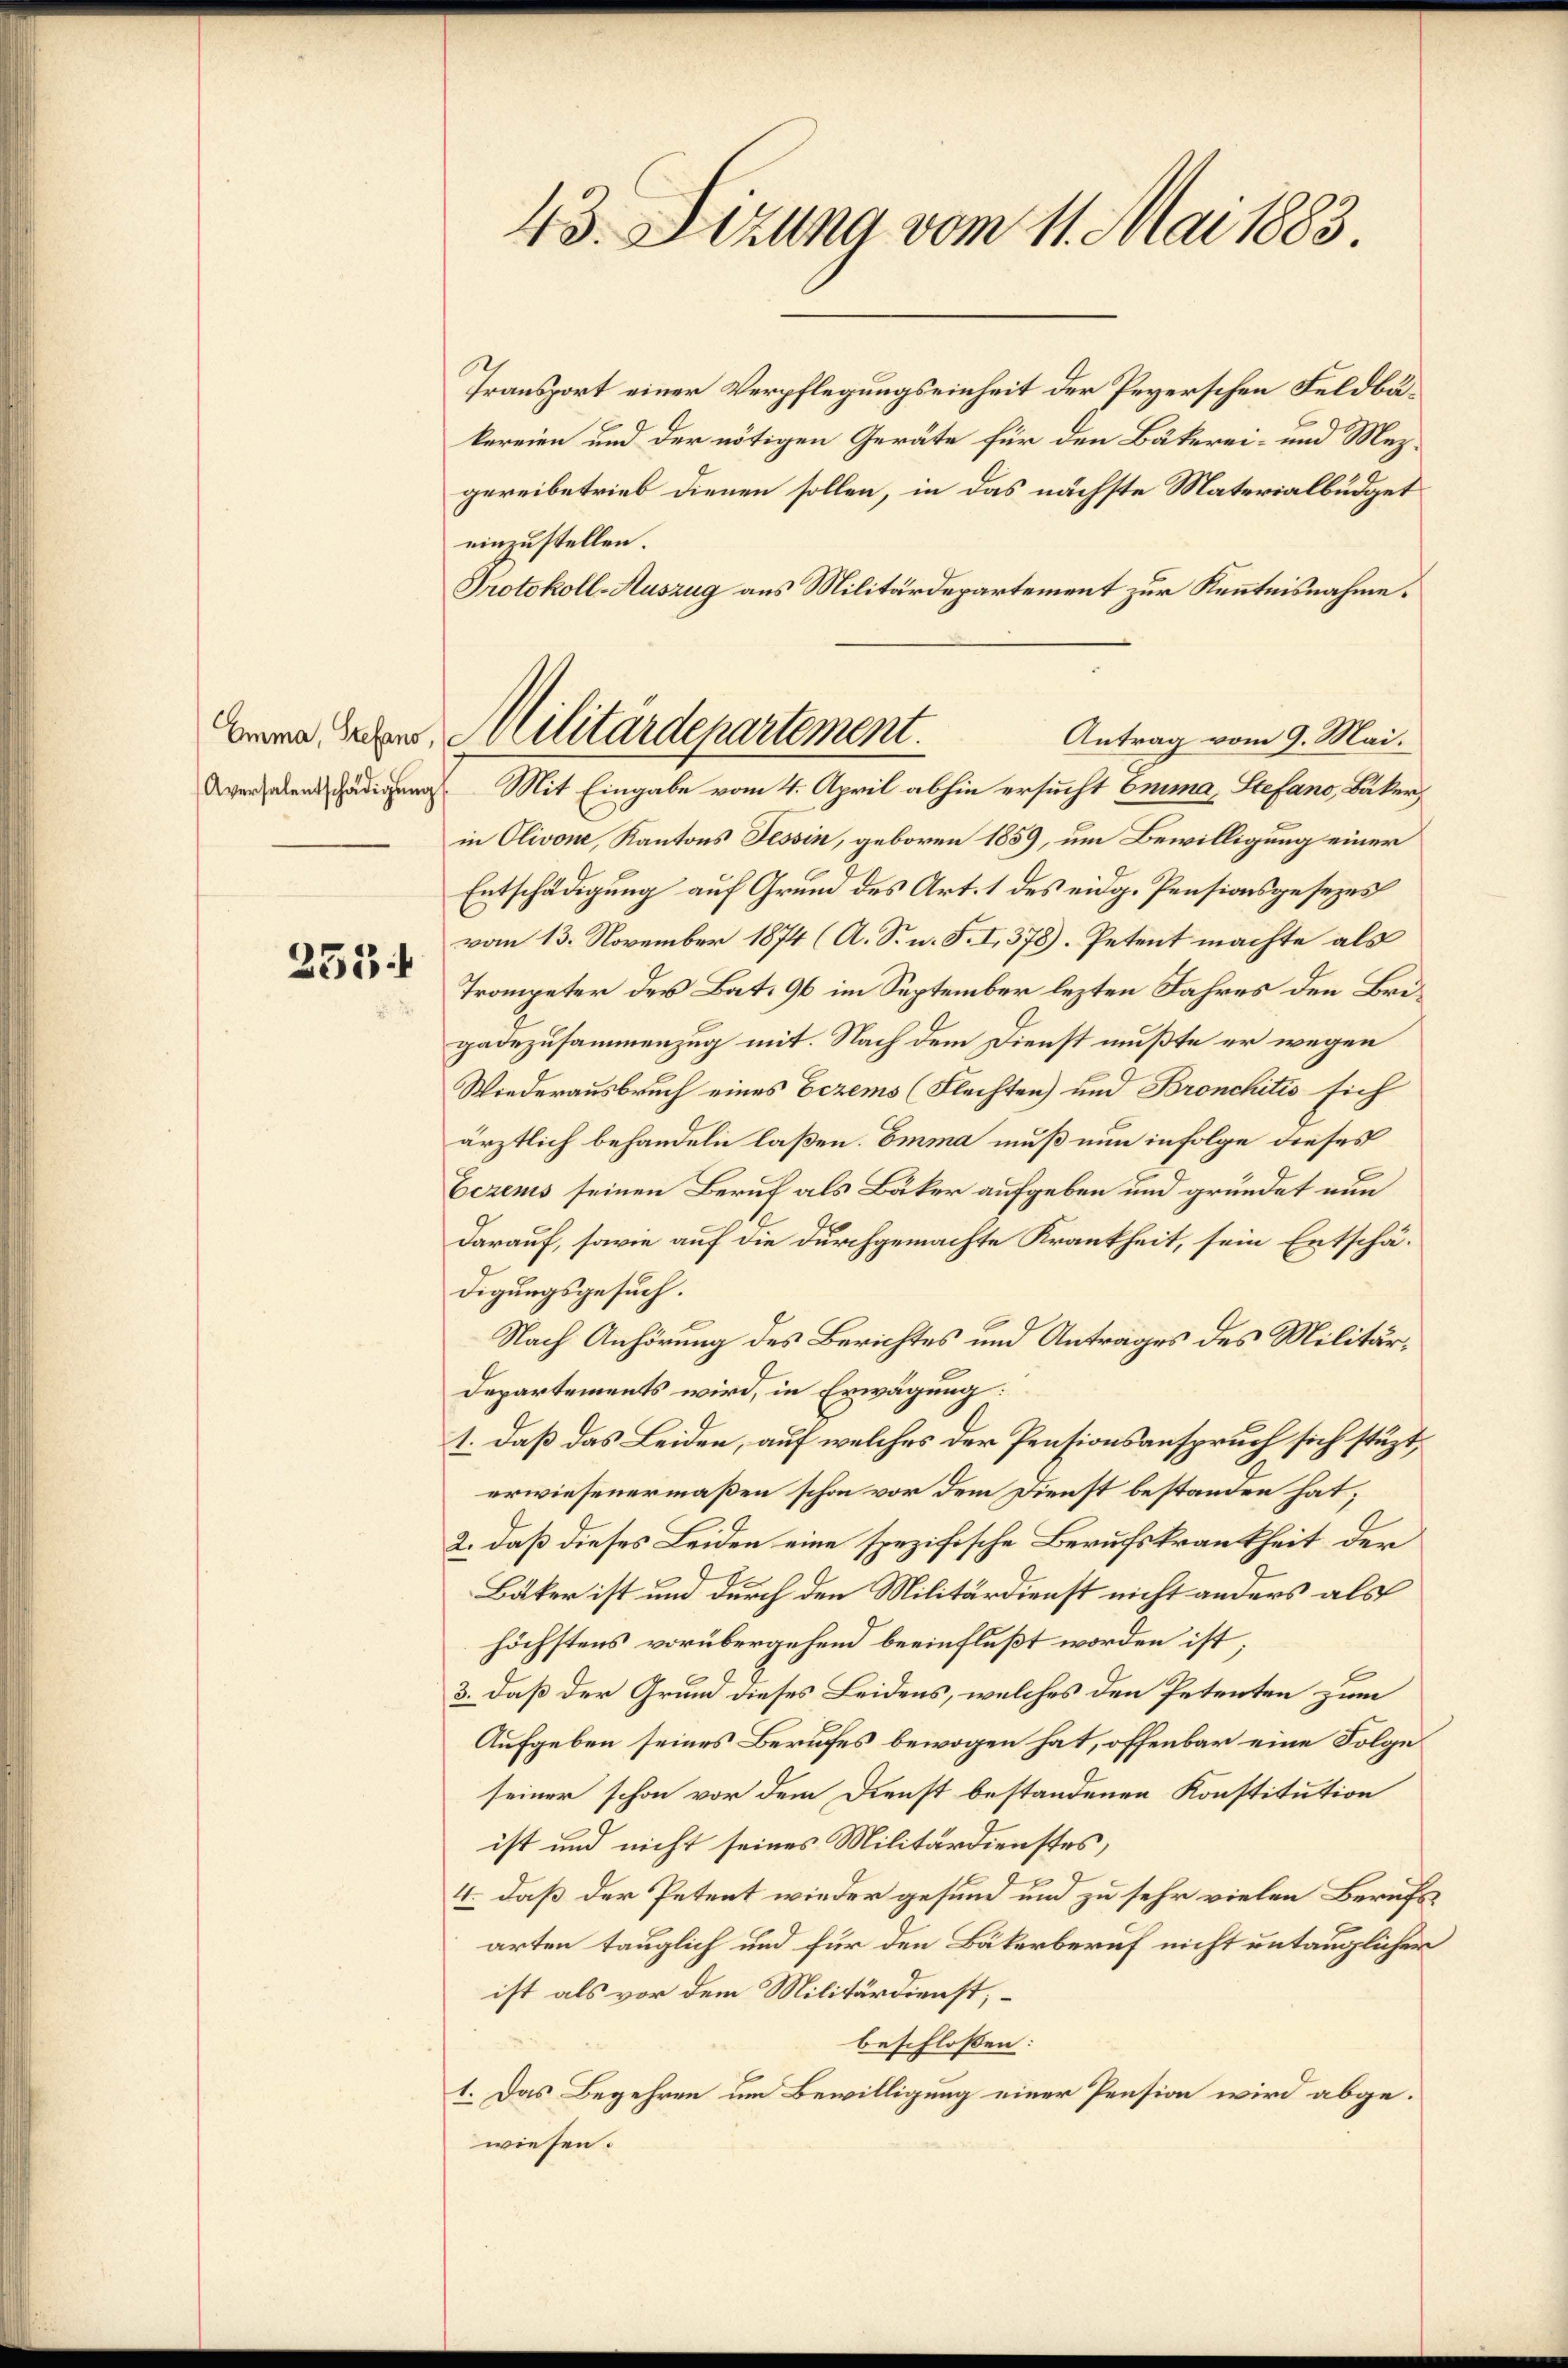
Emma, Stefans,
Aversalentschädigŭng

253.

43. Sizung vom 11. Mai 1883.

Transport einer Verpflegungseinheit der Peyerschen Feldbäkereien und der nötigen Geräte für den Bäkerei- und Mezgereibetrieb dienen sollen, in das nächste Materialbüdget
einzustellen.
Protokoll-Auszug aus Militärdepartement zur Kenntnisnahme.
Antrag vom 9. Mai.
in Olivone, Kantons Tessin, geboren 1859, um Bewilligung einer
Entschädigung auf Grund des Art. 1 des eidg. Pensionsgesezes
vom 13. November 1874 (A. S. n. F. I, 378). Petent machte als
Trompeter des Bat. 96 im September lezten Jahres den Brigadezusammenzug mit. Nach dem Dienst mußte er wegen
Wiederausbruch eines Eczems (Flechten) und Bronchitis sich
ärztlich behandeln laßen. Emma muß nun infolge dieses
Eezens seinen Beruf als Bäker aufgeben und gründet nun
darauf, sowie auf die durchgemachte Krankheit, sein Entschädigungsgesuch.
Nach Anhörung des Berichtes und Antrages des Militär¬
Departements wird, in Erwägung:
1. daß das Leiden, auf welches der Pensionsanspruch sich stüzt,
erwiesenermaßen schon vor dem Dienst bestanden hat;
2. daß dieses Leiden eine spezifische Berufskrankheit der
Bäker ist und durch den Militärdienst nicht anders als
höchstens vorübergehend beeinflußt worden ist
3. daß der Grum dieses Leidens, welches den Petenten zum
Aufgeben seines Berufes bewogen hat, offenbar eine Folge
seiner schon vor dem Dienst bestandenen Konstitution
ist und nicht seines Militärdienstes,
4. daß der Petent wieder gesund und zu sehr vielen Berufs
arten tauglich und für den Bäkerberuf nicht untauglicher
ist als vor dem Militärdienst,
beschlossen:
1. Das Begehren um Bewilligung einer Pension wird abgewiesen.

Nilitärdepartement.
Mit Eingabe vom 4. April abhin ersucht Emma, Stefano, Bäker,